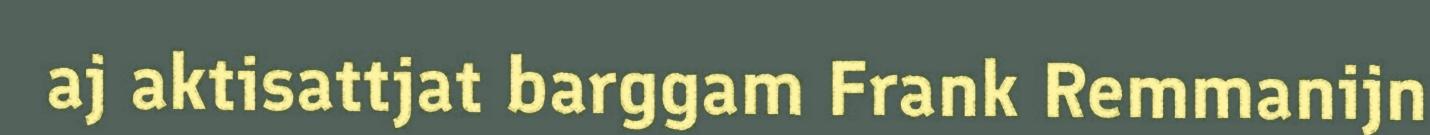
aj aktisattjat barggam Frank Remmanijn